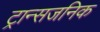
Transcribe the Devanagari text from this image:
ट्रान्सजनिक